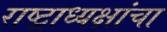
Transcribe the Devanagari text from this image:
राष्ट्राध्यक्षांचा